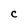
Character: c